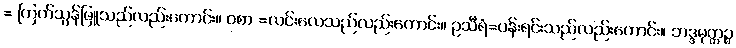
= ကြက်သွန်ဖြူသည်လည်းကောင်း။ ဝစာ =လင်းလေသည်လည်းကောင်း။ ဥသီရံ=ပန်းရင်းသည်လည်းကောင်း။ ဘဒ္ဒမုတ္တဉ္စ